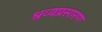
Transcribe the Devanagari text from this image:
श्रव्यप्रसारण